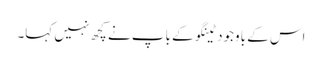
اس کے باوجود ٹینگو کے باپ نے کچھ نہیں کہا۔